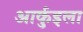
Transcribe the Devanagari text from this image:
आर्कुइला